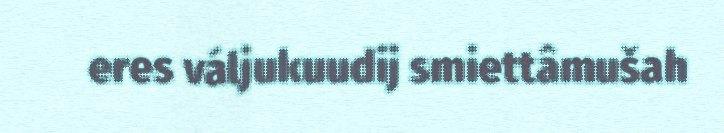
eres váljukuudij smiettâmušah